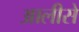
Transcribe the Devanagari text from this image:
आलीसे